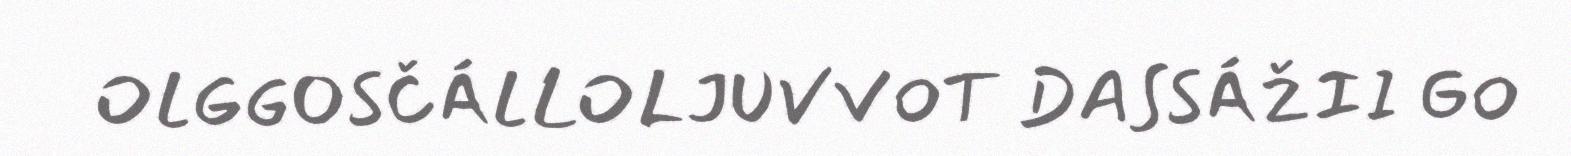
OLGGOSČÁLLOLJUVVOT DASSÁŽII GO